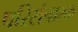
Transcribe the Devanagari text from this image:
परिसंचारक